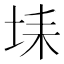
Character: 𡋃